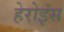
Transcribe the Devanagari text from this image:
हेरोइंस